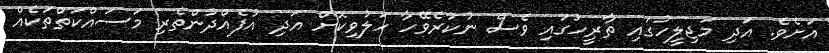
އަށެވެ. އަދި މަޖިލީހުގައި ތާރީހުގައި ވެސް ނުކުރެވޭހާ ހަލުވިކޮށް އަދި އުފެއްދުންތެރި މަސައްކަތްތަކެއް